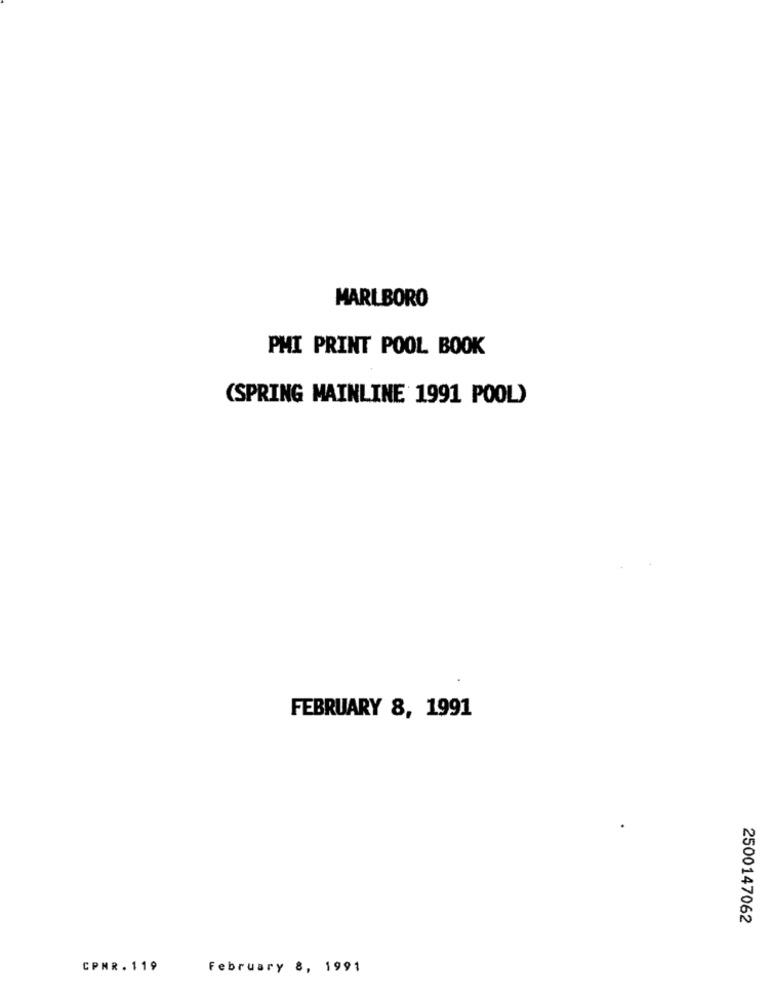
MARLBORO
PMI PRINT POOL BOOK
(SPRING MAINLINE 1991 POOL)
FEBRUARY 8, 1991
2500147062
CPMR. 119
February 8, 1991